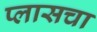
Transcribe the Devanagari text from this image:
प्लासचा